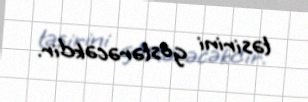
təsirini göstərəcəkdir.